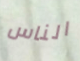
الناس